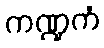
ကဏ္ဍကံ